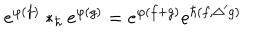
LaTeX: e ^ { \varphi ( f ) } * _ { \hbar } e ^ { \varphi ( g ) } = e ^ { \varphi ( f + g ) } e ^ { \hbar ( f , \Delta ^ { \prime } g ) }